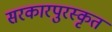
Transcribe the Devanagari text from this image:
सरकारपुरस्कृत